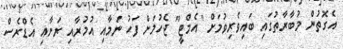
އެގޮތުން މުބާރާތުގައި ބަައިވެރިވުމަށް "އެމްޓީ" ޖެހުމަށް ފަހު ނަމާއި އުމުރާއި ރަށާއި އެޑްރެސް